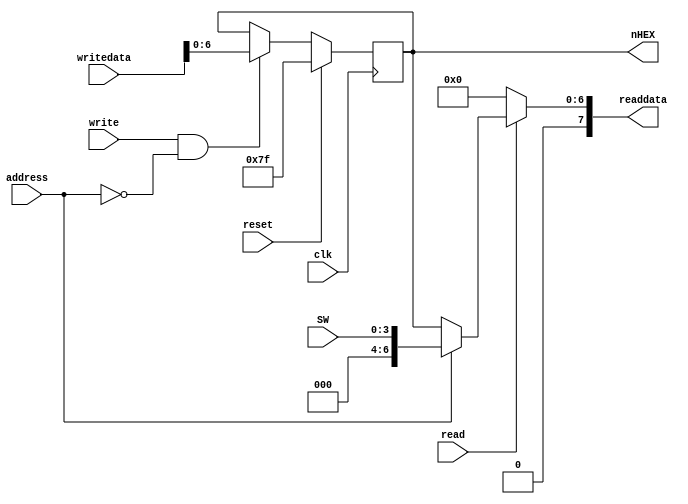
module mypio (
        /* Avalon */
        input clk, reset,
        input address,
        input write, read,
        input [7:0] writedata,
        output [7:0] readdata,
        /*  */
        input [3:0] SW,
        output reg [6:0] nHEX
    );

    /*  */
    always @( posedge clk ) begin
        if ( reset )
            nHEX <= 7'h7f;
        else if ( write && address==1'b0 ) begin
            nHEX <= writedata[6:0];
        end
    end

    /*  */
    assign readdata = (read==1'b0) ? 8'h00:
           (address==1'b0) ? {1'b0, nHEX} : {4'h0, SW};

endmodule